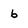
Character: b